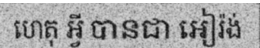
ហេតុ អ្វី បានជា អៀរ៉ង់